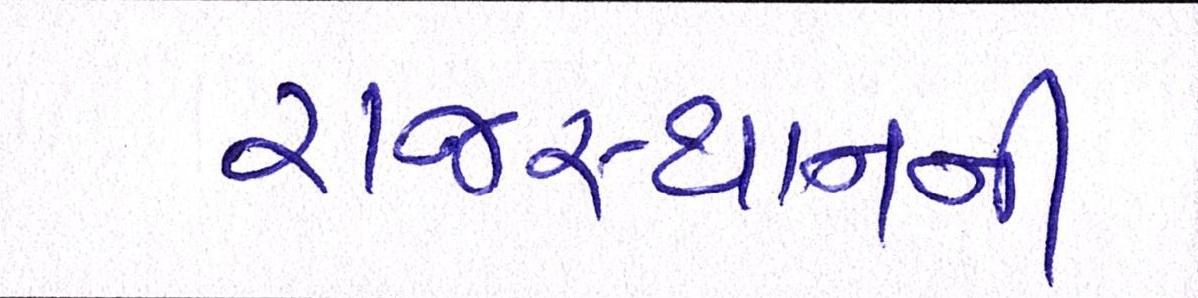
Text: રાજસ્થાનની